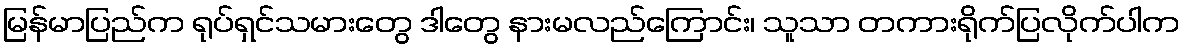
မြန်မာပြည်က ရုပ်ရှင်သမားတွေ ဒါတွေ နားမလည်ကြောင်း၊ သူသာ တကားရိုက်ပြလိုက်ပါက